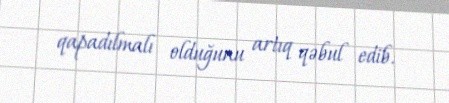
qapadılmalı olduğunu artıq qəbul edib.